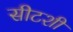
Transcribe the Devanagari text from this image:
सीटशी